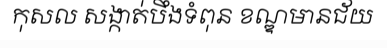
កុសល សង្កាត់បឹងទំពុន ខណ្ឌមានជ័យ